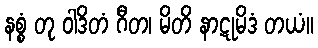
နစ္စံ တု ဝါဒိတံ ဂီတ၊ မိတိ နာဋုမိဒံ တယံ။